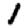
Digit: 1